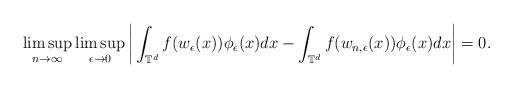
LaTeX: \begin{align*} \limsup_{n\to\infty}\limsup_{\epsilon\rightarrow 0} \bigg|\int_{\mathbb{T}^d}f (w_\epsilon (x))\phi_\epsilon (x )dx-\int_{\mathbb{T}^d}f (w_{n,\epsilon}(x ) )\phi_\epsilon (x )dx\bigg |=0. \end{align*}